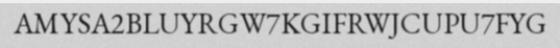
AMYSA2BLUYRGW7KGIFRWJCUPU7FYG